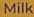
Milk